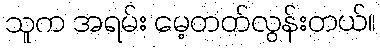
သူက အရမ်း မေ့တတ်လွန်းတယ်။